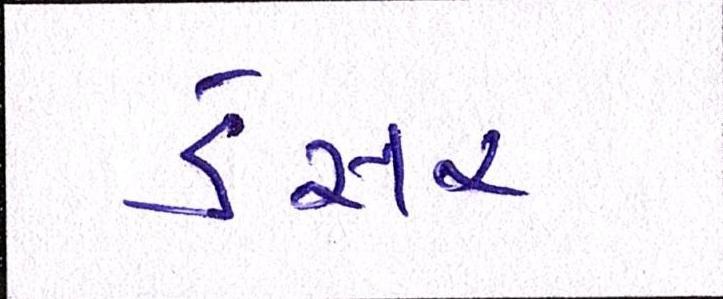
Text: ડેસર